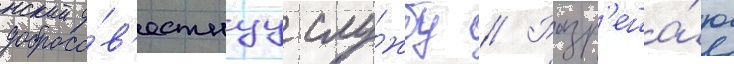
добросо́в'естнуу слу́жбу // Разр'еша́ю